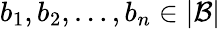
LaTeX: b_{1},b_{2},\dots,b_{n}\in|{\mathcal{B}}|